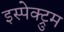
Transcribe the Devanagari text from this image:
इस्पेक्ट्रुम